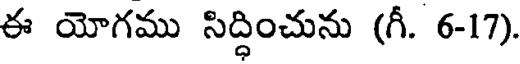
ఈ యోగము సిద్ధించును (గీ. 6-17).